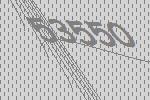
53550